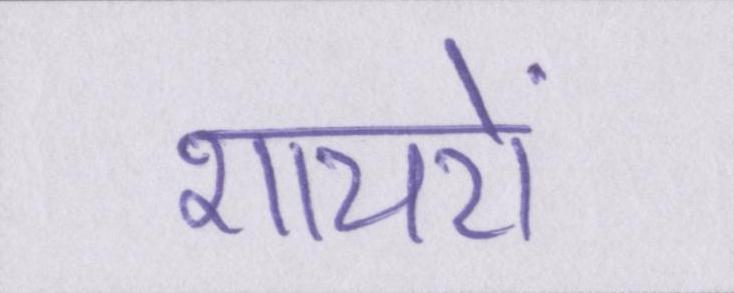
शायरों